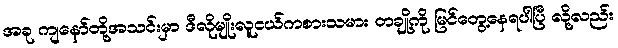
အခု ကျနော်တို့အသင်းမှာ ဒီလိုမျိုးလူငယ်ကစားသမား တချို့ကို မြင်တွေ့နေရပါပြီ လို့လည်း